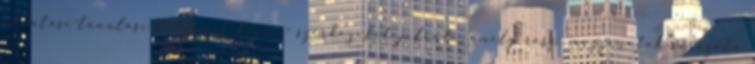
oktatási-tanulási folyamat finom- szerkezetét jelenti, amely rész- mozzanatok sorozata